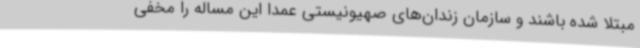
مبتلا شده باشند و سازمان زندان‌های صهیونیستی عمدا این مساله را مخفی